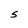
Character: S